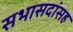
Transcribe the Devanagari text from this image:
सभासदांसह